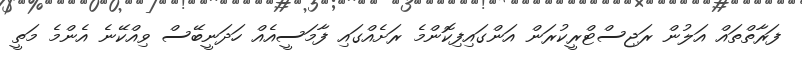
ފަރާތްތައް އަލުން ރަޖިސްޓްރީކުރަން އަންގައިފިކޮންމެ ރަށެއްގައި ފާމަސީއެއް ހަދަނީބޭސް ވިއްކޭނެ އެންމެ މަތީ